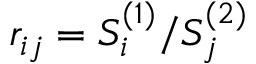
r _ { i j } = S _ { i } ^ { ( 1 ) } / S _ { j } ^ { ( 2 ) }